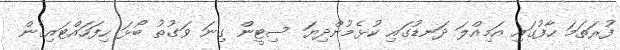
ފުރަތަމަ ހާފުގައި އަމިއްލަ ދަނޑުގައި ކުޅެމުންދިޔަ ސިޓީން ގިނަ ވަގުތު ބޯޅަ ހިފަހައްޓައިގެން